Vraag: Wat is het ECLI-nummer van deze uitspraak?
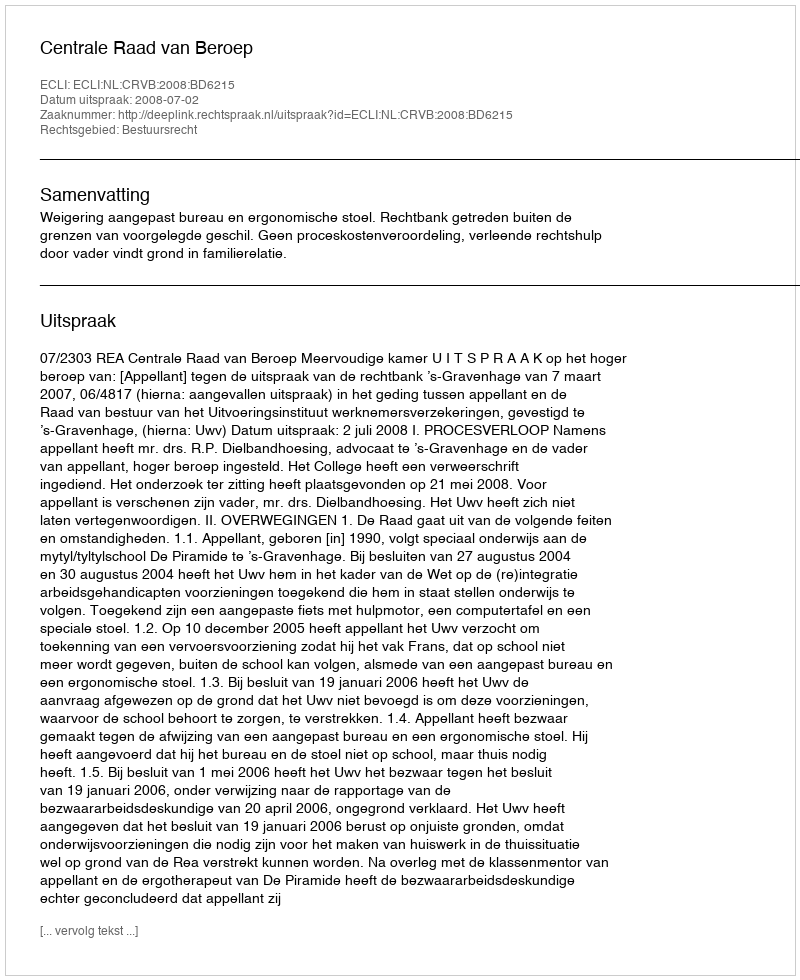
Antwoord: ECLI:NL:CRVB:2008:BD6215